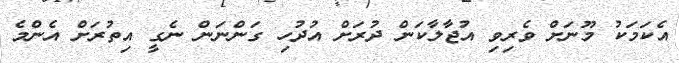
އެކަމަކު މޫނަށް ވެރިވި އުޖާލާކަން ދުރަށް އުދުހި ގަންނަން ނެގީ އިތުރަށް އެންމެ